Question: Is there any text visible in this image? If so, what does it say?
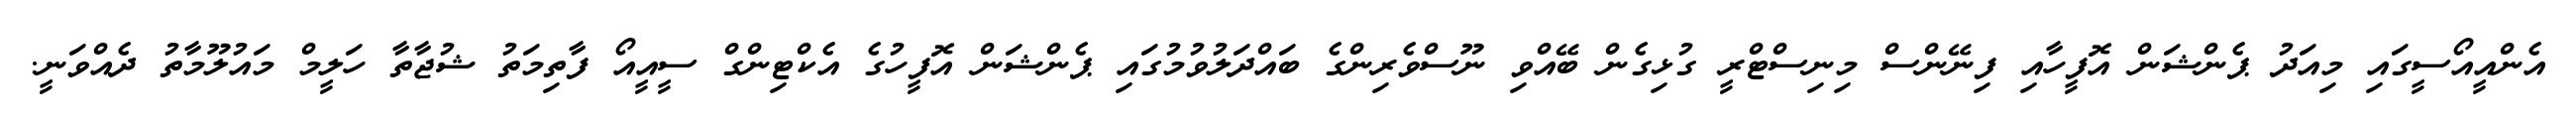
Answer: އެންއީއޯސީގައި މިއަދު ޕެންޝަން އޮފީހާއި ފިނޭންސް މިނިސްޓްރީ ގުޅިގެން ބޭއްވި ނޫސްވެރިންގެ ބައްދަލުވުމުގައި ޕެންޝަން އޮފީހުގެ އެކްޓިންގް ސީއީއޯ ފާތިމަތު ޝުޖާތާ ހަލީމް މައުލޫމާތު ދެއްވަނީ.